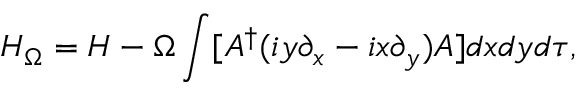
{ \cal H } _ { \Omega } = { \cal H } - \Omega \int [ A ^ { \dag } ( i y \partial _ { x } - i x \partial _ { y } ) A ] d x d y d \tau ,